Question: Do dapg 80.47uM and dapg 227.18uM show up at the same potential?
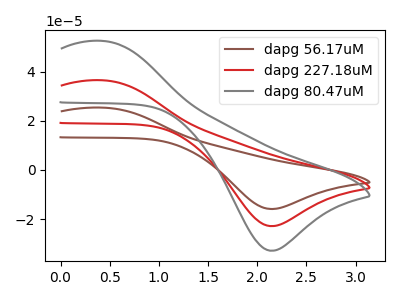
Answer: <think>The brown curve "dapg 56.17uM" has an anodic peak at (0.45V, 73.15uA) and a cathodic peak at (2.15V, -45.80uA). The red curve "dapg 227.18uM" has an anodic peak at (0.45V, 36.60uA) and a cathodic peak at (2.15V, -22.90uA). The gray curve "dapg 80.47uM" has an anodic peak at (0.45V, 52.60uA) and a cathodic peak at (2.15V, -32.95uA).
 All the peaks in "dapg 80.47uM" have a peak in "dapg 227.18uM" at the same potential. Every peak in "dapg 80.47uM" is higher than every peak in "dapg 227.18uM".</think>
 <answer>"dapg 80.47uM" and "dapg 227.18uM" are similar in shape.</answer>
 <eval>same_shape</eval>